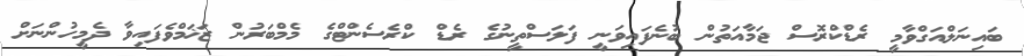
ބައިނަލްއަގްވާމީ ރެޑްކްރޮސް ޖަމާއަތުން ބުނެފައިވަނީ ފަލަސްތީނުގެ ރެޑް ކްރެސެންޓްގެ މެމްބަރުން ޒަޚަމްވެފައިވާ ދެމީހުންނަށް